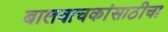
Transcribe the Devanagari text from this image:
बालवाचकांसाठीचा